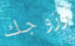
وزوجك